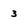
Character: 3